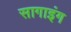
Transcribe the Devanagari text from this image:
सागाइंग